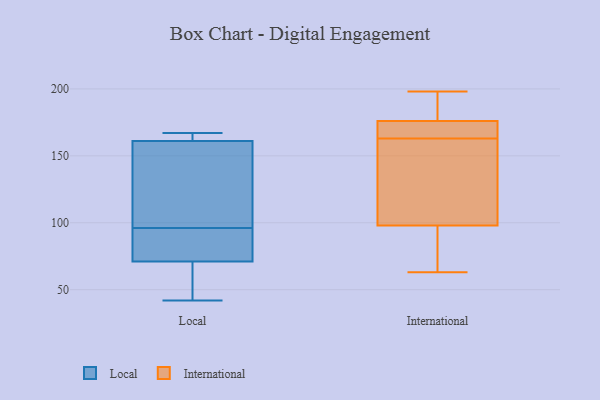
{"axis": {"x": "Bounce Rate (%)", "y": "Value"}, "legend": ["International", "Local"], "data": [{"x": "", "y": 42, "type": "Local"}, {"x": "", "y": 77, "type": "Local"}, {"x": "", "y": 71, "type": "Local"}, {"x": "", "y": 138, "type": "Local"}, {"x": "", "y": 79, "type": "Local"}, {"x": "", "y": 161, "type": "Local"}, {"x": "", "y": 167, "type": "Local"}, {"x": "", "y": 162, "type": "Local"}, {"x": "", "y": 113, "type": "Local"}, {"x": "", "y": 42, "type": "Local"}, {"x": "", "y": 171, "type": "International"}, {"x": "", "y": 149, "type": "International"}, {"x": "", "y": 74, "type": "International"}, {"x": "", "y": 176, "type": "International"}, {"x": "", "y": 63, "type": "International"}, {"x": "", "y": 77, "type": "International"}, {"x": "", "y": 86, "type": "International"}, {"x": "", "y": 154, "type": "International"}, {"x": "", "y": 112, "type": "International"}, {"x": "", "y": 98, "type": "International"}, {"x": "", "y": 159, "type": "International"}, {"x": "", "y": 198, "type": "International"}, {"x": "", "y": 184, "type": "International"}, {"x": "", "y": 176, "type": "International"}, {"x": "", "y": 167, "type": "International"}, {"x": "", "y": 195, "type": "International"}, {"x": "", "y": 170, "type": "International"}, {"x": "", "y": 183, "type": "International"}]}